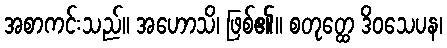
အစာကင်းသည်။ အဟောသိ၊ ဖြစ်၏။ စတုတ္ထေ ဒိဝသေပန၊